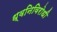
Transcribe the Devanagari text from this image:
ध्वनिविरोधी